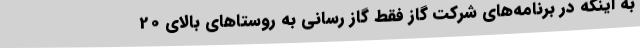
به اینکه در برنامه‌های شرکت گاز فقط گاز رسانی به روستاهای بالای 20